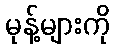
မုန့်များကို